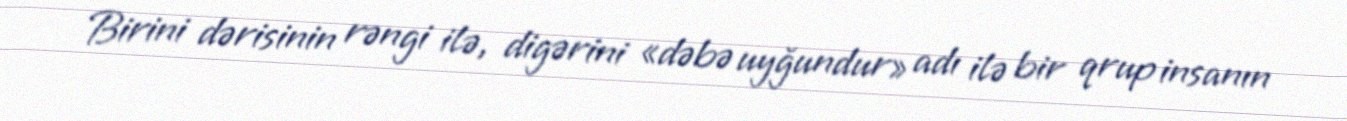
Birini dərisinin rəngi ilə, digərini «dəbə uyğundur» adı ilə bir qrup insanın